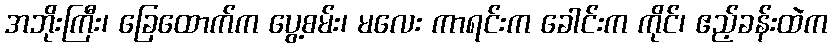
အဘိုးကြီး၊ ခြေထောက်က ပွေ့စမ်း၊ မလေး ကာရင်းက ခေါင်းက ကိုင်၊ ဧည့်ခန်းထဲက